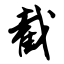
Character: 截